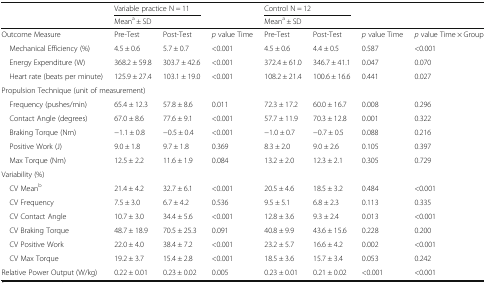
<table><thead><tr><td rowspan="2"></td><td colspan="2"><b>Variable practice N = 11</b></td><td rowspan="2"></td><td colspan="2"><b>Control N = 12</b></td><td rowspan="2"></td><td rowspan="2"></td></tr><tr><td colspan="2"><b>Mean<sup>a</sup> ± SD</b></td><td colspan="2"><b>Mean<sup>a</sup> ± SD</b></td></tr></thead><tbody><tr><td>Outcome Measure</td><td>Pre-Test</td><td>Post-Test</td><td><i>p</i> value Time</td><td>Pre-Test</td><td>Post-Test</td><td><i>p</i> value Time</td><td><i>p</i> value Time × Group</td></tr><tr><td> Mechanical Efficiency (%)</td><td>4.5 ± 0.6</td><td>5.7 ± 0.7</td><td>&lt;0.001</td><td>4.5 ± 0.6</td><td>4.4 ± 0.5</td><td>0.587</td><td>&lt;0.001</td></tr><tr><td> Energy Expenditure (W)</td><td>368.2 ± 59.8</td><td>303.7 ± 42.6</td><td>&lt;0.001</td><td>372.4 ± 61.0</td><td>346.7 ± 41.1</td><td>0.047</td><td>0.070</td></tr><tr><td> Heart rate (beats per minute)</td><td>125.9 ± 27.4</td><td>103.1 ± 19.0</td><td>&lt;0.001</td><td>108.2 ± 21.4</td><td>100.6 ± 16.6</td><td>0.441</td><td>0.027</td></tr><tr><td colspan="8">Propulsion Technique (unit of measurement)</td></tr><tr><td> Frequency (pushes/min)</td><td>65.4 ± 12.3</td><td>57.8 ± 8.6</td><td>0.011</td><td>72.3 ± 17.2</td><td>60.0 ± 16.7</td><td>0.008</td><td>0.296</td></tr><tr><td> Contact Angle (degrees)</td><td>67.0 ± 8.6</td><td>77.6 ± 9.1</td><td>&lt;0.001</td><td>57.7 ± 11.9</td><td>70.3 ± 12.8</td><td>0.001</td><td>0.322</td></tr><tr><td> Braking Torque (Nm)</td><td>−1.1 ± 0.8</td><td>−0.5 ± 0.4</td><td>&lt;0.001</td><td>−1.0 ± 0.7</td><td>−0.7 ± 0.5</td><td>0.088</td><td>0.216</td></tr><tr><td> Positive Work (J)</td><td>9.0 ± 1.8</td><td>9.7 ± 1.8</td><td>0.369</td><td>8.3 ± 2.0</td><td>9.0 ± 2.6</td><td>0.105</td><td>0.397</td></tr><tr><td> Max Torque (Nm)</td><td>12.5 ± 2.2</td><td>11.6 ± 1.9</td><td>0.084</td><td>13.2 ± 2.0</td><td>12.3 ± 2.1</td><td>0.305</td><td>0.729</td></tr><tr><td colspan="8">Variability (%)</td></tr><tr><td> CV Mean<sup>b</sup></td><td>21.4 ± 4.2</td><td>32.7 ± 6.1</td><td>&lt;0.001</td><td>20.5 ± 4.6</td><td>18.5 ± 3.2</td><td>0.484</td><td>&lt;0.001</td></tr><tr><td> CV Frequency</td><td>7.5 ± 3.0</td><td>6.7 ± 4.2</td><td>0.536</td><td>9.5 ± 5.1</td><td>6.8 ± 2.3</td><td>0.113</td><td>0.335</td></tr><tr><td> CV Contact Angle</td><td>10.7 ± 3.0</td><td>34.4 ± 5.6</td><td>&lt;0.001</td><td>12.8 ± 3.6</td><td>9.3 ± 2.4</td><td>0.013</td><td>&lt;0.001</td></tr><tr><td> CV Braking Torque</td><td>48.7 ± 18.9</td><td>70.5 ± 25.3</td><td>0.091</td><td>40.8 ± 9.9</td><td>43.6 ± 15.6</td><td>0.228</td><td>0.200</td></tr><tr><td> CV Positive Work</td><td>22.0 ± 4.0</td><td>38.4 ± 7.2</td><td>&lt;0.001</td><td>23.2 ± 5.7</td><td>16.6 ± 4.2</td><td>0.002</td><td>&lt;0.001</td></tr><tr><td> CV Max Torque</td><td>19.2 ± 3.7</td><td>15.4 ± 2.8</td><td>&lt;0.001</td><td>18.5 ± 3.6</td><td>15.7 ± 3.4</td><td>0.053</td><td>0.242</td></tr><tr><td>Relative Power Output (W/kg)</td><td>0.22 ± 0.01</td><td>0.23 ± 0.02</td><td>0.005</td><td>0.23 ± 0.01</td><td>0.21 ± 0.02</td><td>&lt;0.001</td><td>&lt;0.001</td></tr></tbody></table>